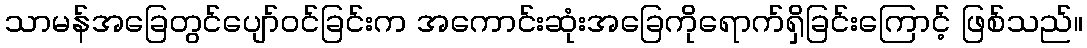
သာမန်အခြေတွင်ပျော်ဝင်ခြင်းက အကောင်းဆုံးအခြေကိုရောက်ရှိခြင်းကြောင့် ဖြစ်သည်။